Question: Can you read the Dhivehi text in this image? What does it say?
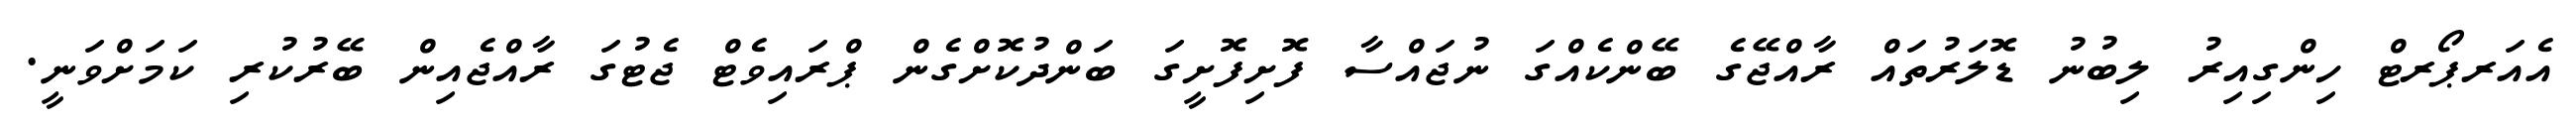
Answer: އެއަރޕޯރޓް ހިންގިއިރު ލިބުނު ޑޮލަރުތައް ރާއްޖޭގެ ބޭންކެއްގަ ނުޖައްސާ ފޮށިފޮށީގަ ބަންދުކޮށްގެން ޕްރައިވެޓް ޖެޓުގަ ރާއްޖެއިން ބޭރުކުރި ކަމަށްވަނީ.